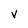
Character: v